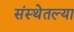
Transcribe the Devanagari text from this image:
संस्थेतल्या